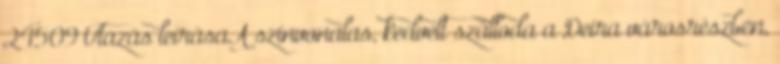
24509 Utazás leírásaA színvonalas, kedvelt szálloda a Deira városrészben,